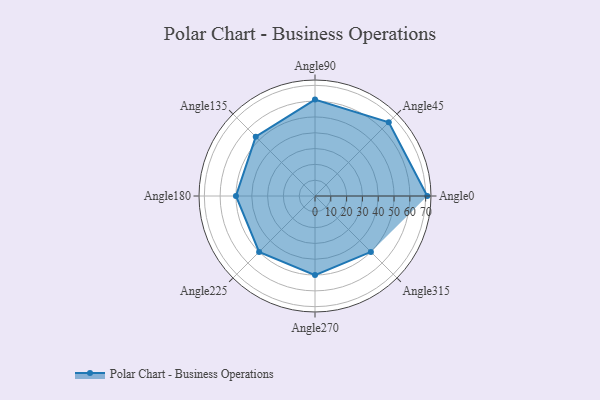
{"axis": {"x": "Angle", "y": "Radius"}, "legend": [""], "data": [{"x": "Angle0", "y": 71.0, "type": ""}, {"x": "Angle45", "y": 66.0, "type": ""}, {"x": "Angle90", "y": 61.0, "type": ""}, {"x": "Angle135", "y": 53.0, "type": ""}, {"x": "Angle180", "y": 50, "type": ""}, {"x": "Angle225", "y": 50, "type": ""}, {"x": "Angle270", "y": 50, "type": ""}, {"x": "Angle315", "y": 50, "type": ""}]}